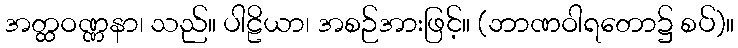
အတ္ထဝဏ္ဏနာ၊ သည်။ ပါဠိယာ၊ အစဉ်အားဖြင့်။ (ဘာဏဝါရတော၌ စပ်)။